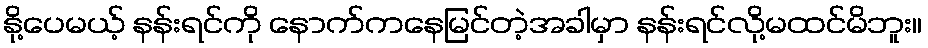
နို့ပေမယ့် နန်းရင်ကို နောက်ကနေမြင်တဲ့အခါမှာ နန်းရင်လို့မထင်မိဘူး။